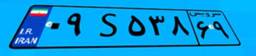
۸۴S۸۸۰۸۹